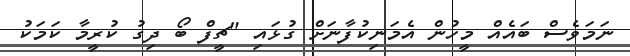
ނަމަވެސް ބައެއް މީހުން އެމަނިކުފާނަށް ގުޅައި "ޗީފް ބޯ ދިގު ކުރީމާ ކަމަކު